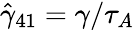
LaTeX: \hat{\gamma}_{41}=\gamma/\tau_{A}